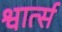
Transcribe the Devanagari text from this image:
श्वार्त्स